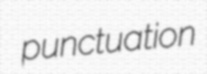
punctuation